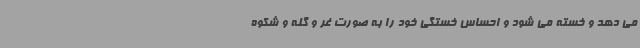
می دهد و خسته می شود و احساس خستگی خود را به صورت غر و گله و شکوه